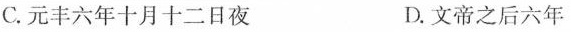
C.元丰六年十月十二日夜 D.文帝之后六年